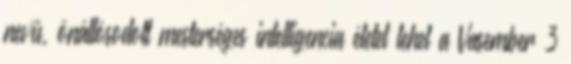
nevű, önállósodott mesterséges intelligencia életet lehel a Vasember 3